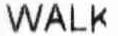
WALK